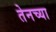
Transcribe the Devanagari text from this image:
तेनच्या